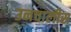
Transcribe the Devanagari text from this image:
उनचालीस